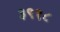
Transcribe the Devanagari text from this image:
३९१८